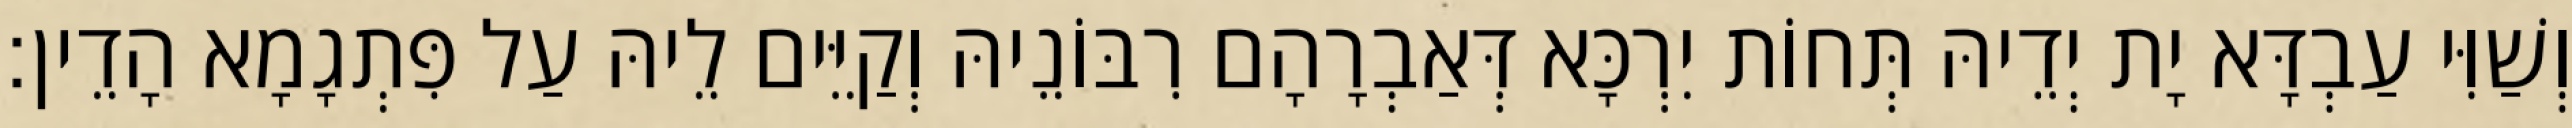
וְשַׁוִּי עַבְדָּא יָת יְדֵיהּ תְּחוֹת יִרְכָּא דְּאַבְרָהָם רִבּוֹנֵיהּ וְקַיֵּים לֵיהּ עַל פִּתְגָמָא הָדֵין׃